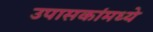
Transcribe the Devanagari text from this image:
उपासकांमध्ये